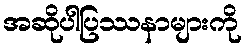
အဆိုပါပြဿနာများကို